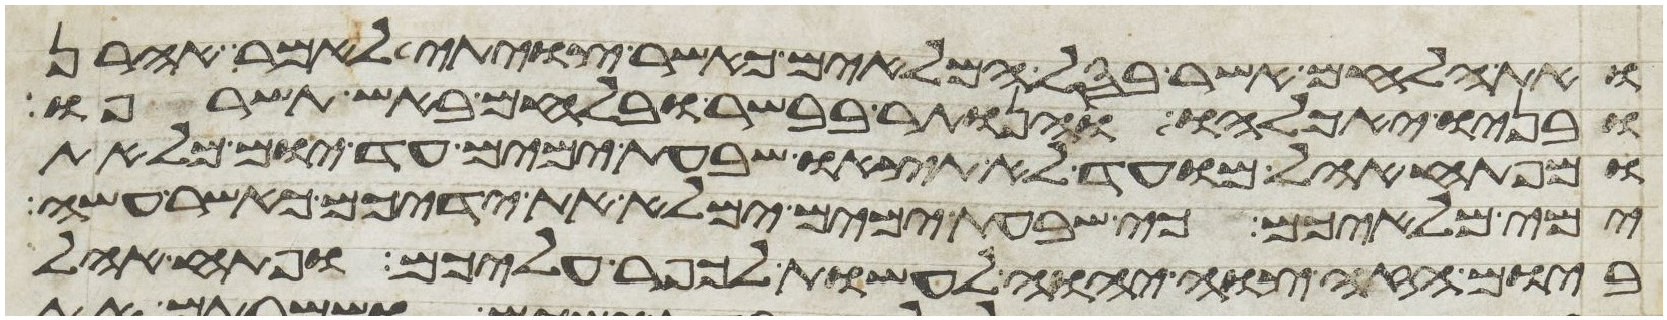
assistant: ואת הלחם אשר בסל המלאים כאשר צויתי לאמר אהרן
ובניו יאכלהו והנותר בבשר ובלחם באש תשרפו
ומפתח אהל מועד לא תצאו שבעת ימים עד יום מלאת
ימי מלאיכם כי שבעת ימים ימלא את ידיכם כאשר עשה
ביום הזה צוה יהוה לעשות לכפר עליכם ופתח אהל